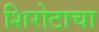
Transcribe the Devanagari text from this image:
शिरोटाचा